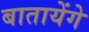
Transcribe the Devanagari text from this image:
बातायेंगे